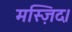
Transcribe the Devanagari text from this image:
मस्ज़िद।